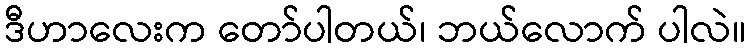
ဒီဟာလေးက တော်ပါတယ်၊ ဘယ်လောက် ပါလဲ။